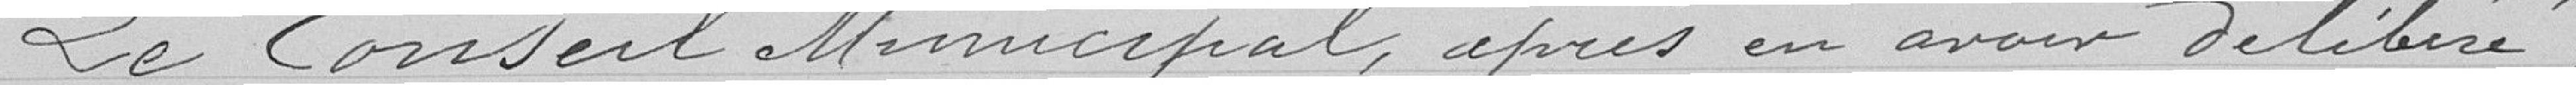
Le Conseil municipal, après en avoir délibréré